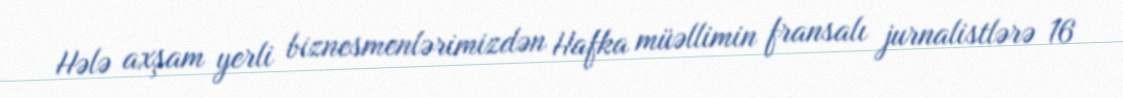
Hələ axşam yerli biznesmenlərimizdən Hafka müəllimin fransalı jurnalistlərə 16